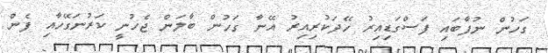
ގަހުން ނުފާބައި ފަސްގަޑިއިރު ހޭދަކުރިއިރު އޭނާ ގަހުން ބާލަން ޖެހުނީ ކަރުނަގޭހާއި ފެން